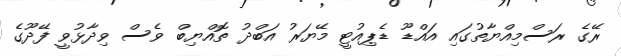
ރޭގެ ރަސްމިއްޔާތުގައި އައްޑޫ ޑެޕިއުޓީ މޭޔަރު އަބްދު ތޮއްޔިބް ވެސް ވިދާޅުވީ ފޭދޫގެ